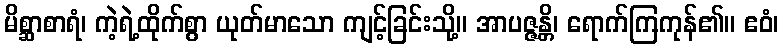
မိစ္ဆာစာရံ၊ ကဲ့ရဲ့ထိုက်စွာ ယုတ်မာသော ကျင့်ခြင်းသို့။ အာပဇ္ဇန္တိ၊ ရောက်ကြကုန်၏။ ဧဝံ၊